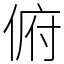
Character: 俯